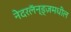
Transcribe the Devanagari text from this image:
नेदरलॅन्ड्ज़मधील